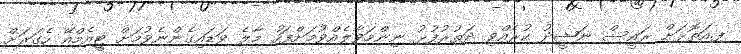
ފ.އަތޮޅަށް ރައީސް ނަޝީދު ކުރެއްވި ދަތުރުފުޅު ނިންމަވާލެއްވުމަށްފަހު މާލެ ވަޑައިގެންނެވުމަށް ޓީއެމްއޭ ހެގަރަށް